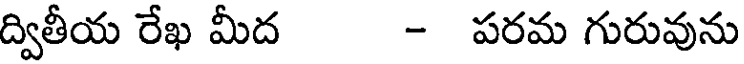
ద్వితీయ రేఖ మీద - పరమ గురువును